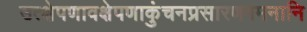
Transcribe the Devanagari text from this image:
उत्क्षेपणावक्षेपणाकुंचनप्रसारणगमनानि